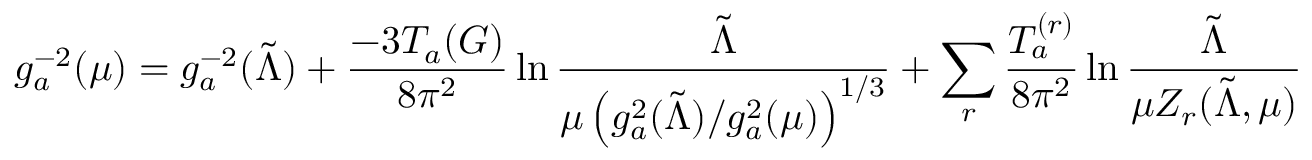
g _ { a } ^ { - 2 } ( \mu ) = g _ { a } ^ { - 2 } ( \tilde { \Lambda } ) + \frac { - 3 T _ { a } ( G ) } { 8 \pi ^ { 2 } } \ln \frac { \tilde { \Lambda } } { \mu \left( { g _ { a } ^ { 2 } ( \tilde { \Lambda } ) } / { g _ { a } ^ { 2 } ( \mu ) } \right) ^ { 1 / 3 } } + \sum _ { r } \frac { T _ { a } ^ { ( r ) } } { 8 \pi ^ { 2 } } \ln \frac { \tilde { \Lambda } } { \mu Z _ { r } ( \tilde { \Lambda } , \mu ) }